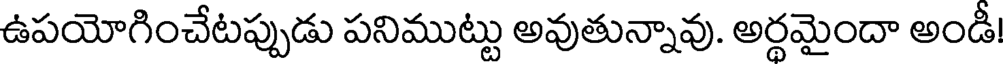
ఉపయోగించేటప్పుడు పనిముట్టు అవుతున్నావు. అర్థమైందా అండీ!